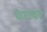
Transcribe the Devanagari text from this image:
पेशवर